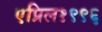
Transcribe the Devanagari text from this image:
एप्रिल१९९६